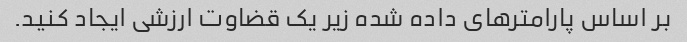
بر اساس پارامترهای داده شده زیر یک قضاوت ارزشی ایجاد کنید.